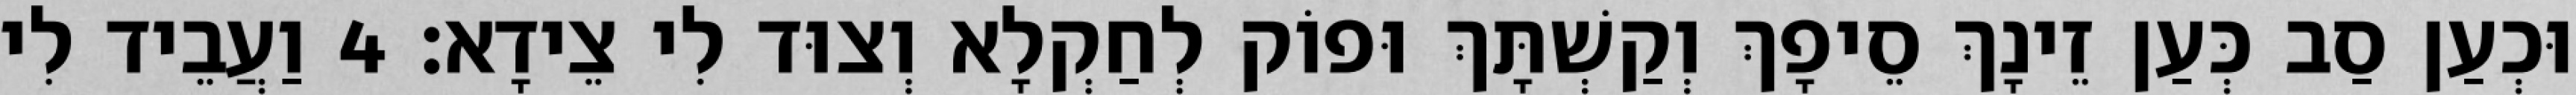
וּכְעַן סַב כְּעַן זֵינָךְ סֵיפָךְ וְקַשְׁתָּךְ וּפוֹק לְחַקְלָא וְצוּד לִי צֵידָא׃ 4 וַעֲבֵיד לִי